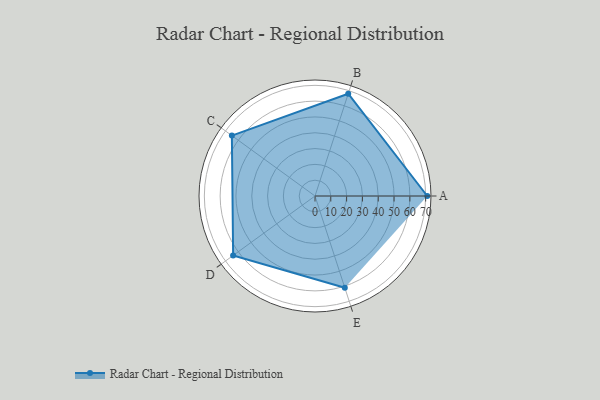
{"axis": {"x": "Skill", "y": "Score"}, "legend": ["Profile"], "data": [{"x": "A", "y": 71.0, "type": "Profile"}, {"x": "B", "y": 68.0, "type": "Profile"}, {"x": "C", "y": 65.0, "type": "Profile"}, {"x": "D", "y": 64.0, "type": "Profile"}, {"x": "E", "y": 61.0, "type": "Profile"}]}